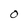
Character: O